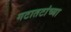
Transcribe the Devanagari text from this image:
गटातटांच्या